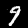
Digit: 9